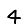
Digit: 4